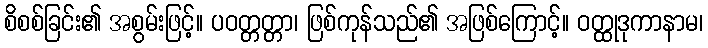
စိစစ်ခြင်း၏ အစွမ်းဖြင့်။ ပဝတ္တတ္တာ၊ ဖြစ်ကုန်သည်၏ အဖြစ်ကြောင့်။ ဝတ္ထုဒုကာနာမ၊